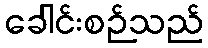
ခေါင်းစဉ်သည်